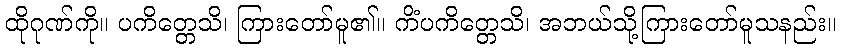
ထိုဂုဏ်ကို။ ပကိတ္တေသိ၊ ကြားတော်မူ၏။ ကိံပကိတ္တေသိ၊ အဘယ်သို့ကြားတော်မူသနည်း။